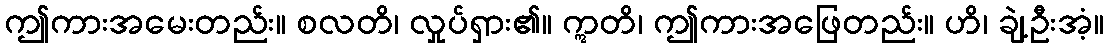
ဤကားအမေးတည်း။ စလတိ၊ လှုပ်ရှား၏။ ဣတိ၊ ဤကားအဖြေတည်း။ ဟိ၊ ချဲ့ဦးအံ့။